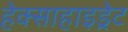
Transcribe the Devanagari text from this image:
हेक्साहाइड्रेट